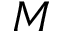
M